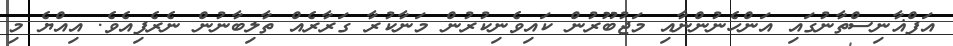
އަފްޣާނިސްތާނުގައި އަންހެނުންނާއި މަޖުބޫރުން ކައިވެނިކުރުން މަނާކުރާ ގަރާރެއް ތާލިބާނުން ނެރެފިއެވެ. އިއްޔެ މި